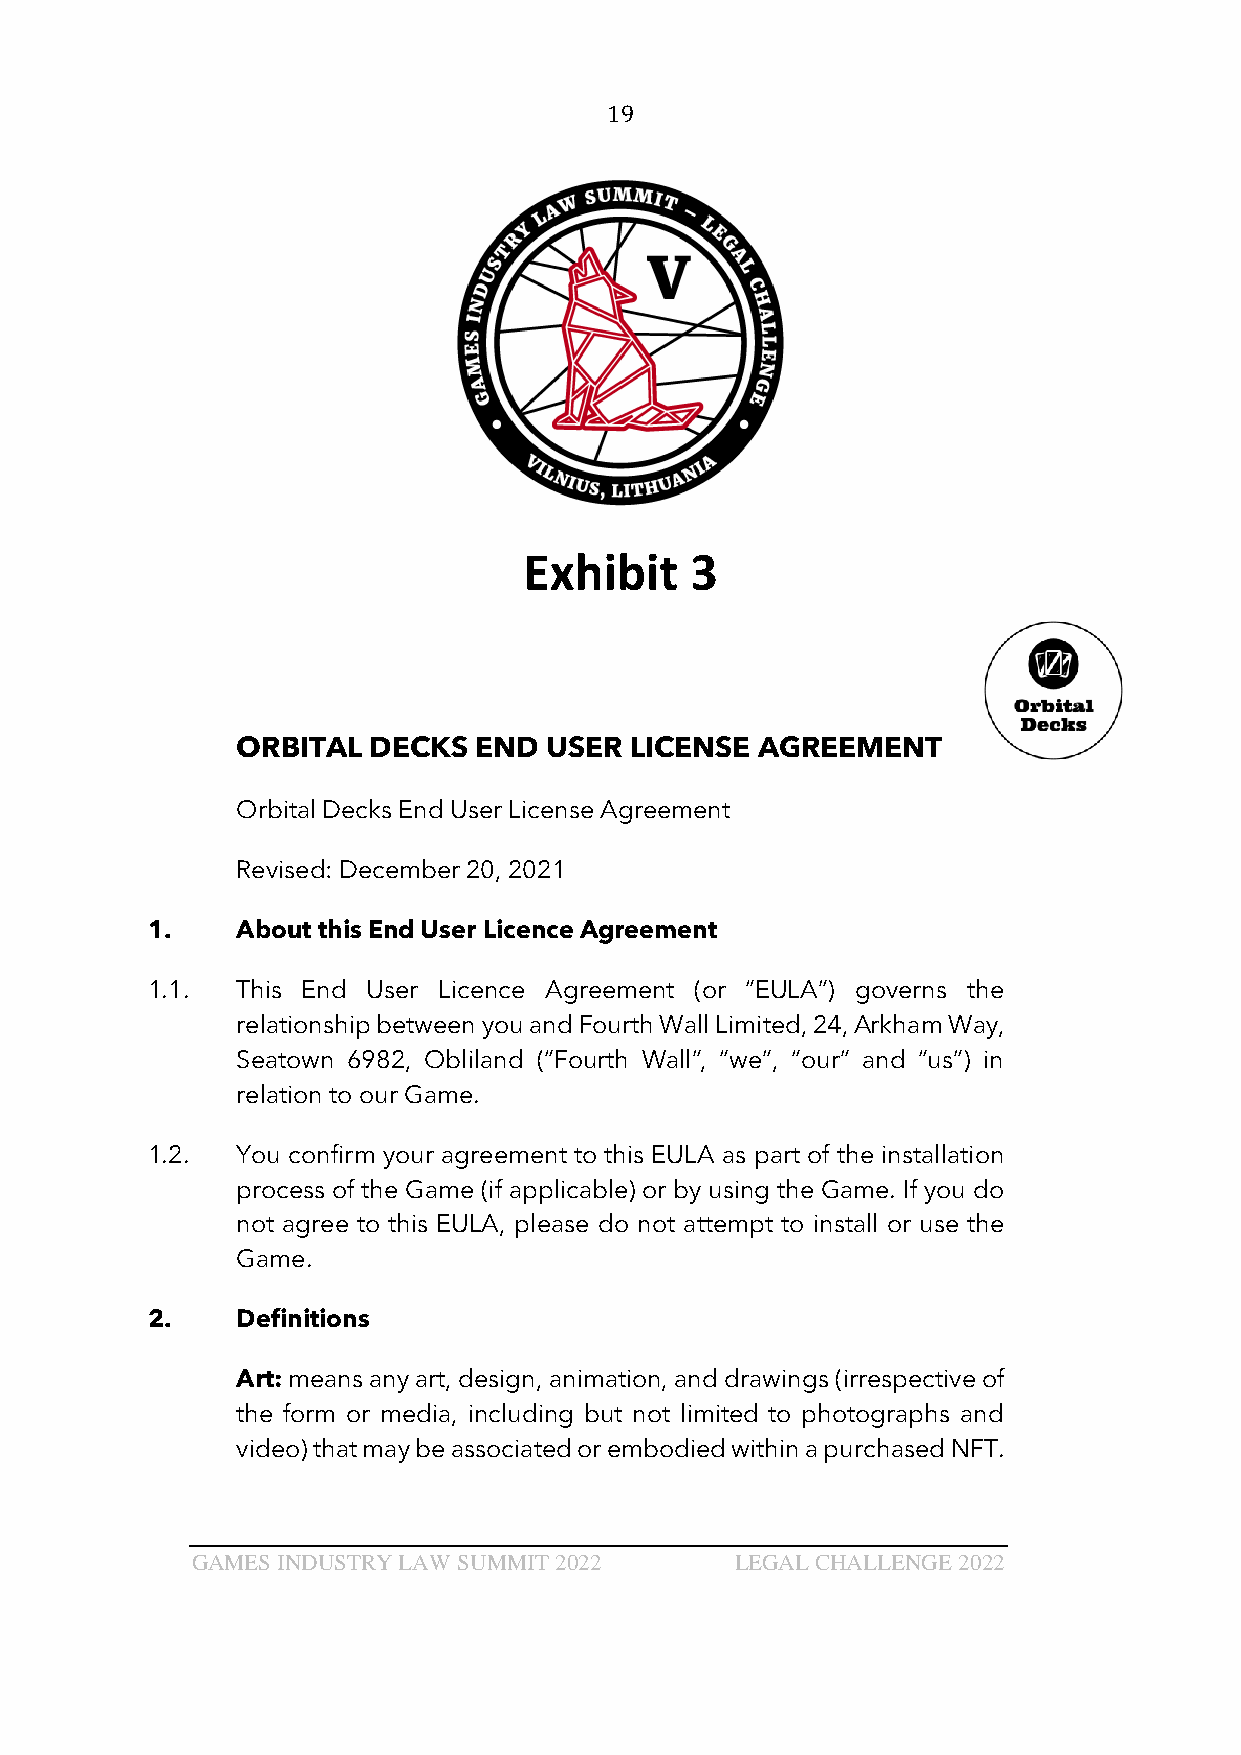
19
 Exhibit    3
 ORBITAL DECKS  END  USER  LICENSE AGREEMENT
 Orbital Decks End User License Agreement
 Revised: December 20, 2021
 1.    About this End User Licence Agreement
 1.1.  This End User Licence Agreement (or “EULA”) governs the
 relationship between you and Fourth Wall Limited, 24, Arkham Way,
 Seatown 6982, Obliland (“Fourth Wall”, “we”, “our” and “us”) in
 relation to our Game.
 1.2.  You confirm your agreement to this EULA as part of the installation
 process of the Game (if applicable) or by using the Game. If you do
 not agree to this EULA, please do not attempt to install or use the
 Game.
 2.    Definitions
 Art: means any art, design, animation, and drawings (irrespective of
 the form or media, including but not limited to photographs and
 video) that may be associated or embodied within a purchased NFT.
 GAMES INDUSTRY LAW SUMMIT 2022      LEGAL CHALLENGE 2022